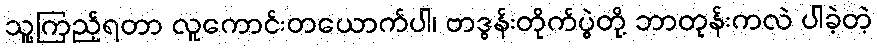
သူ့ကြည့်ရတာ လူကောင်းတယောက်ပါ၊ ဗာဒွန်းတိုက်ပွဲတို့ ဘာတုန်းကလဲ ပါခဲ့တဲ့